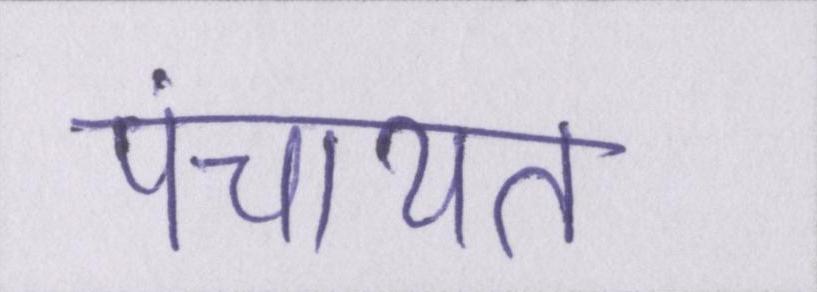
पंचायत